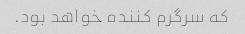
که سرگرم کننده خواهد بود.